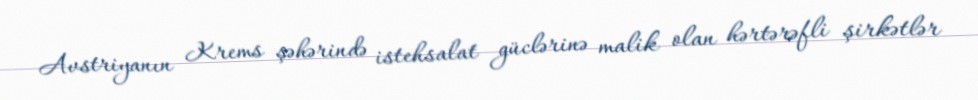
Avstriyanın Krems şəhərində istehsalat güclərinə malik olan hərtərəfli şirkətlər